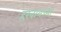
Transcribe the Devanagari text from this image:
हरवायच्या